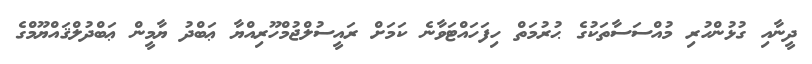
ދީނާއި ގުޅުންހުރި މުއްސަސާތަކުގެ ޙުުރުމަތް ހިފަހައްޓަވާނެ ކަމަށް ރައީސުލްޖުމްހޫރިއްޔާ ޢަބްދު ޔާމީން ޢަބްދުލްޤައްޔޫމްގެ